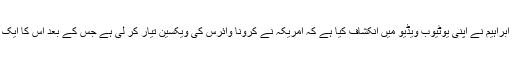
اسی پر بات کرتے ہوئے تجزیہ نگار سمیع ابراہیم نے اپنی یوٹیوب ویڈیو میں انکشاف کیا ہے کہ امریکہ نے کرونا وائرس کی ویکسین تیار کر لی ہے جس کے بعد اس کا ایک کامیاب تجزبہ جانوروں پر کیا جا چکا ہے۔